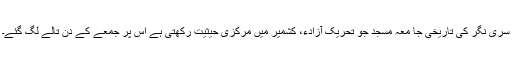
سری نگر کی تاریخی جا معہ مسجد جو تحریک آزادء، کشمیر میں مرکزی حیثیت رکھتی ہے اس پر جمعے کے دن تالے لگ گئے۔